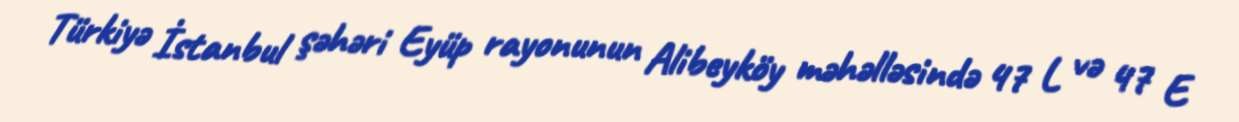
Türkiyə İstanbul şəhəri Eyüp rayonunun Alibeyköy məhəlləsində 47 L və 47 E